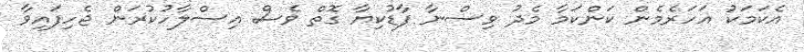
އެކަމަކު އަހަރެމެން ކަންކަމާ މެދު ވިސްނާ ފާޑުކިޔާ ގޮތް ވެސް އިސްލާހުކުރަން ޖެހިފައިވާ